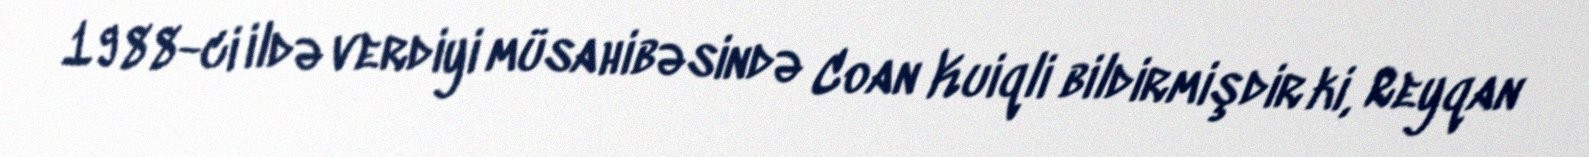
1988-ci ildə verdiyi müsahibəsində Coan Kuiqli bildirmişdir ki, Reyqan